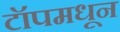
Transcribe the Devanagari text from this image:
टॉपमधून